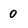
Character: 0